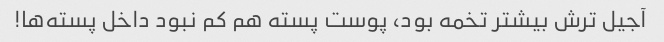
آجیل ترش بیشتر تخمه بود، پوست پسته هم کم نبود داخل پسته‌ها!